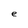
Character: e